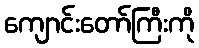
ကျောင်းတော်ကြီးကို